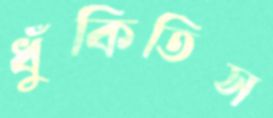
ধুঁকিতিস